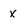
Character: x